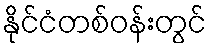
နိုင်ငံတစ်ဝန်းတွင်